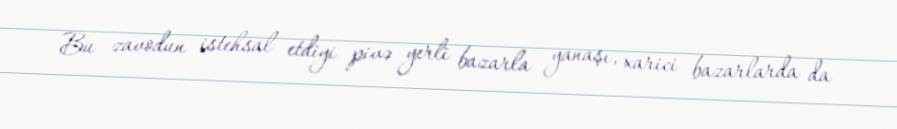
Bu zavodun istehsal etdiyi pivə yerli bazarla yanaşı, xarici bazarlarda da